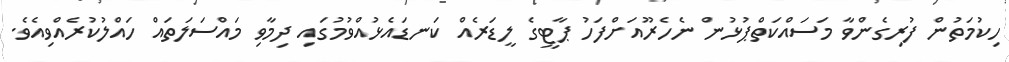
ހިކުމަތުން ފުރިގެންވާ މަސައްކަތްޕުޅުން ނެހެރޫއަށްފަހު ޕާޓީގެ ލީޑަރެއް ކަނޑައެޅުއްވުމުގައި ދިމާވި މައްސަލަތައް ހައްލުކުރެއްވިއެވެ.